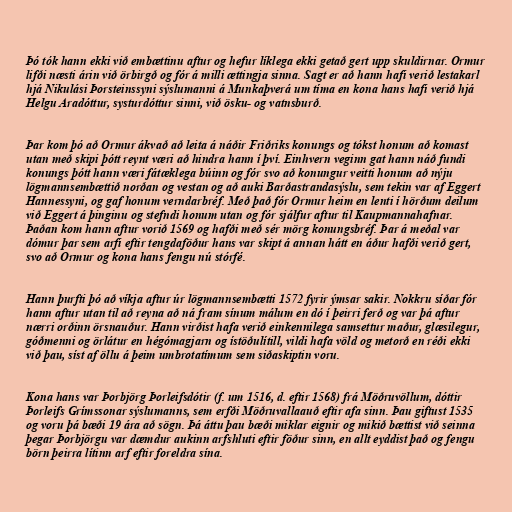
Þó tók hann ekki við embættinu aftur og hefur líklega ekki getað gert upp skuldirnar. Ormur
lifði næsti árin við örbirgð og fór á milli ættingja sinna. Sagt er að hann hafi verið lestakarl
hjá Nikulási Þorsteinssyni sýslumanni á Munkaþverá um tíma en kona hans hafi verið hjá
Helgu Aradóttur, systurdóttur sinni, við ösku- og vatnsburð.

Þar kom þó að Ormur ákvað að leita á náðir Friðriks konungs og tókst honum að komast
utan með skipi þótt reynt væri að hindra hann í því. Einhvern veginn gat hann náð fundi
konungs þótt hann væri fátæklega búinn og fór svo að konungur veitti honum að nýju
lögmannsembættið norðan og vestan og að auki Barðastrandasýslu, sem tekin var af Eggert
Hannessyni, og gaf honum verndarbréf. Með það fór Ormur heim en lenti í hörðum deilum
við Eggert á þinginu og stefndi honum utan og fór sjálfur aftur til Kaupmannahafnar.
Þaðan kom hann aftur vorið 1569 og hafði með sér mörg konungsbréf. Þar á meðal var
dómur þar sem arfi eftir tengdaföður hans var skipt á annan hátt en áður hafði verið gert,
svo að Ormur og kona hans fengu nú stórfé.

Hann þurfti þó að víkja aftur úr lögmannsembætti 1572 fyrir ýmsar sakir. Nokkru síðar fór
hann aftur utan til að reyna að ná fram sínum málum en dó í þeirri ferð og var þá aftur
nærri orðinn örsnauður. Hann virðist hafa verið einkennilega samsettur maður, glæsilegur,
góðmenni og örlátur en hégómagjarn og ístöðulítill, vildi hafa völd og metorð en réði ekki
við þau, síst af öllu á þeim umbrotatímum sem siðaskiptin voru.

Kona hans var Þorbjörg Þorleifsdótir (f. um 1516, d. eftir 1568) frá Möðruvöllum, dóttir
Þorleifs Grímssonar sýslumanns, sem erfði Möðruvallaauð eftir afa sinn. Þau giftust 1535
og voru þá bæði 19 ára að sögn. Þá áttu þau bæði miklar eignir og mikið bættist við seinna
þegar Þorbjörgu var dæmdur aukinn arfshluti eftir föður sinn, en allt eyddist það og fengu
börn þeirra lítinn arf eftir foreldra sína.